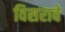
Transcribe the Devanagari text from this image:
विसरावे